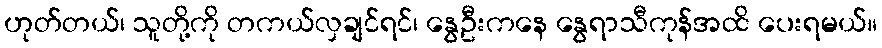
ဟုတ်တယ်၊ သူတို့ကို တကယ်လှချင်ရင်၊ နွေဦးကနေ နွေရာသီကုန်အထိ ပေးရမယ်။